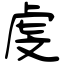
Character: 虔